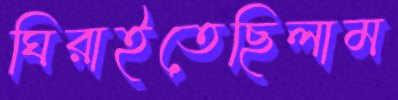
ঘিরাইতেছিলাম